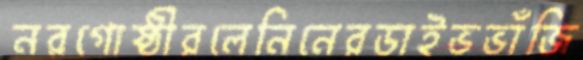
নরগোষ্ঠীরলেনিনেরডাইভভাঁজি